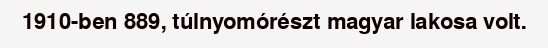
1910-ben 889, túlnyomórészt magyar lakosa volt.